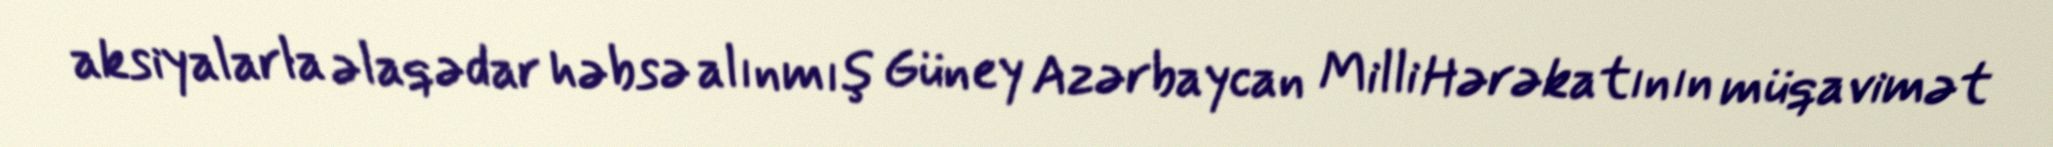
aksiyalarla əlaqədar həbsə alınmış Güney Azərbaycan Milli Hərəkatının müqavimət